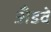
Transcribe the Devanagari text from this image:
अँडवे